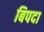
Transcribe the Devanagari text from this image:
बिपदा